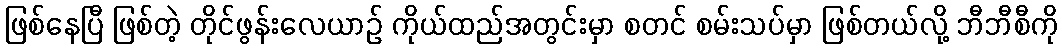
ဖြစ်နေပြီ ဖြစ်တဲ့ တိုင်ဖွန်းလေယာဉ် ကိုယ်ထည်အတွင်းမှာ စတင် စမ်းသပ်မှာ ဖြစ်တယ်လို့ ဘီဘီစီကို